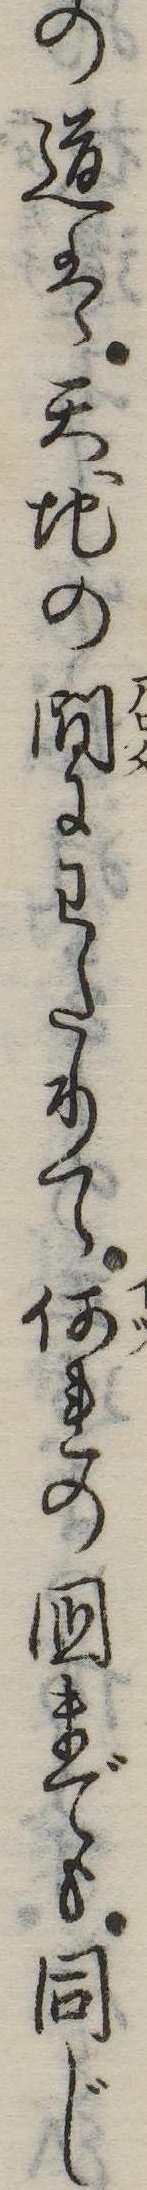
の道は天地の間にわたりて何れの国までも同じ